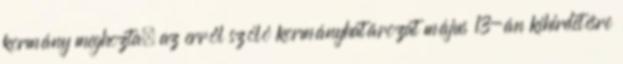
kormány meghozta, az erről szóló kormányhatározat május 13-án kihirdetésre